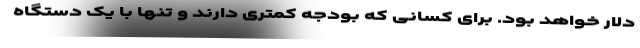
دلار خواهد بود. برای کسانی که بودجه کمتری دارند و تنها با یک دستگاه